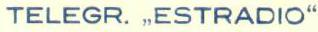
TELEGR. "ESTRADIO"